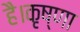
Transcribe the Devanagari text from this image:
है।कृष्णा